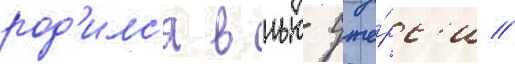
род'илс'я в нью-дже́рс'и //